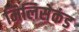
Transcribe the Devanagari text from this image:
मिलिसेकंड